65_HS1-834228961_62-HQ-83894_Section_1
Agency: FBI
Page 109
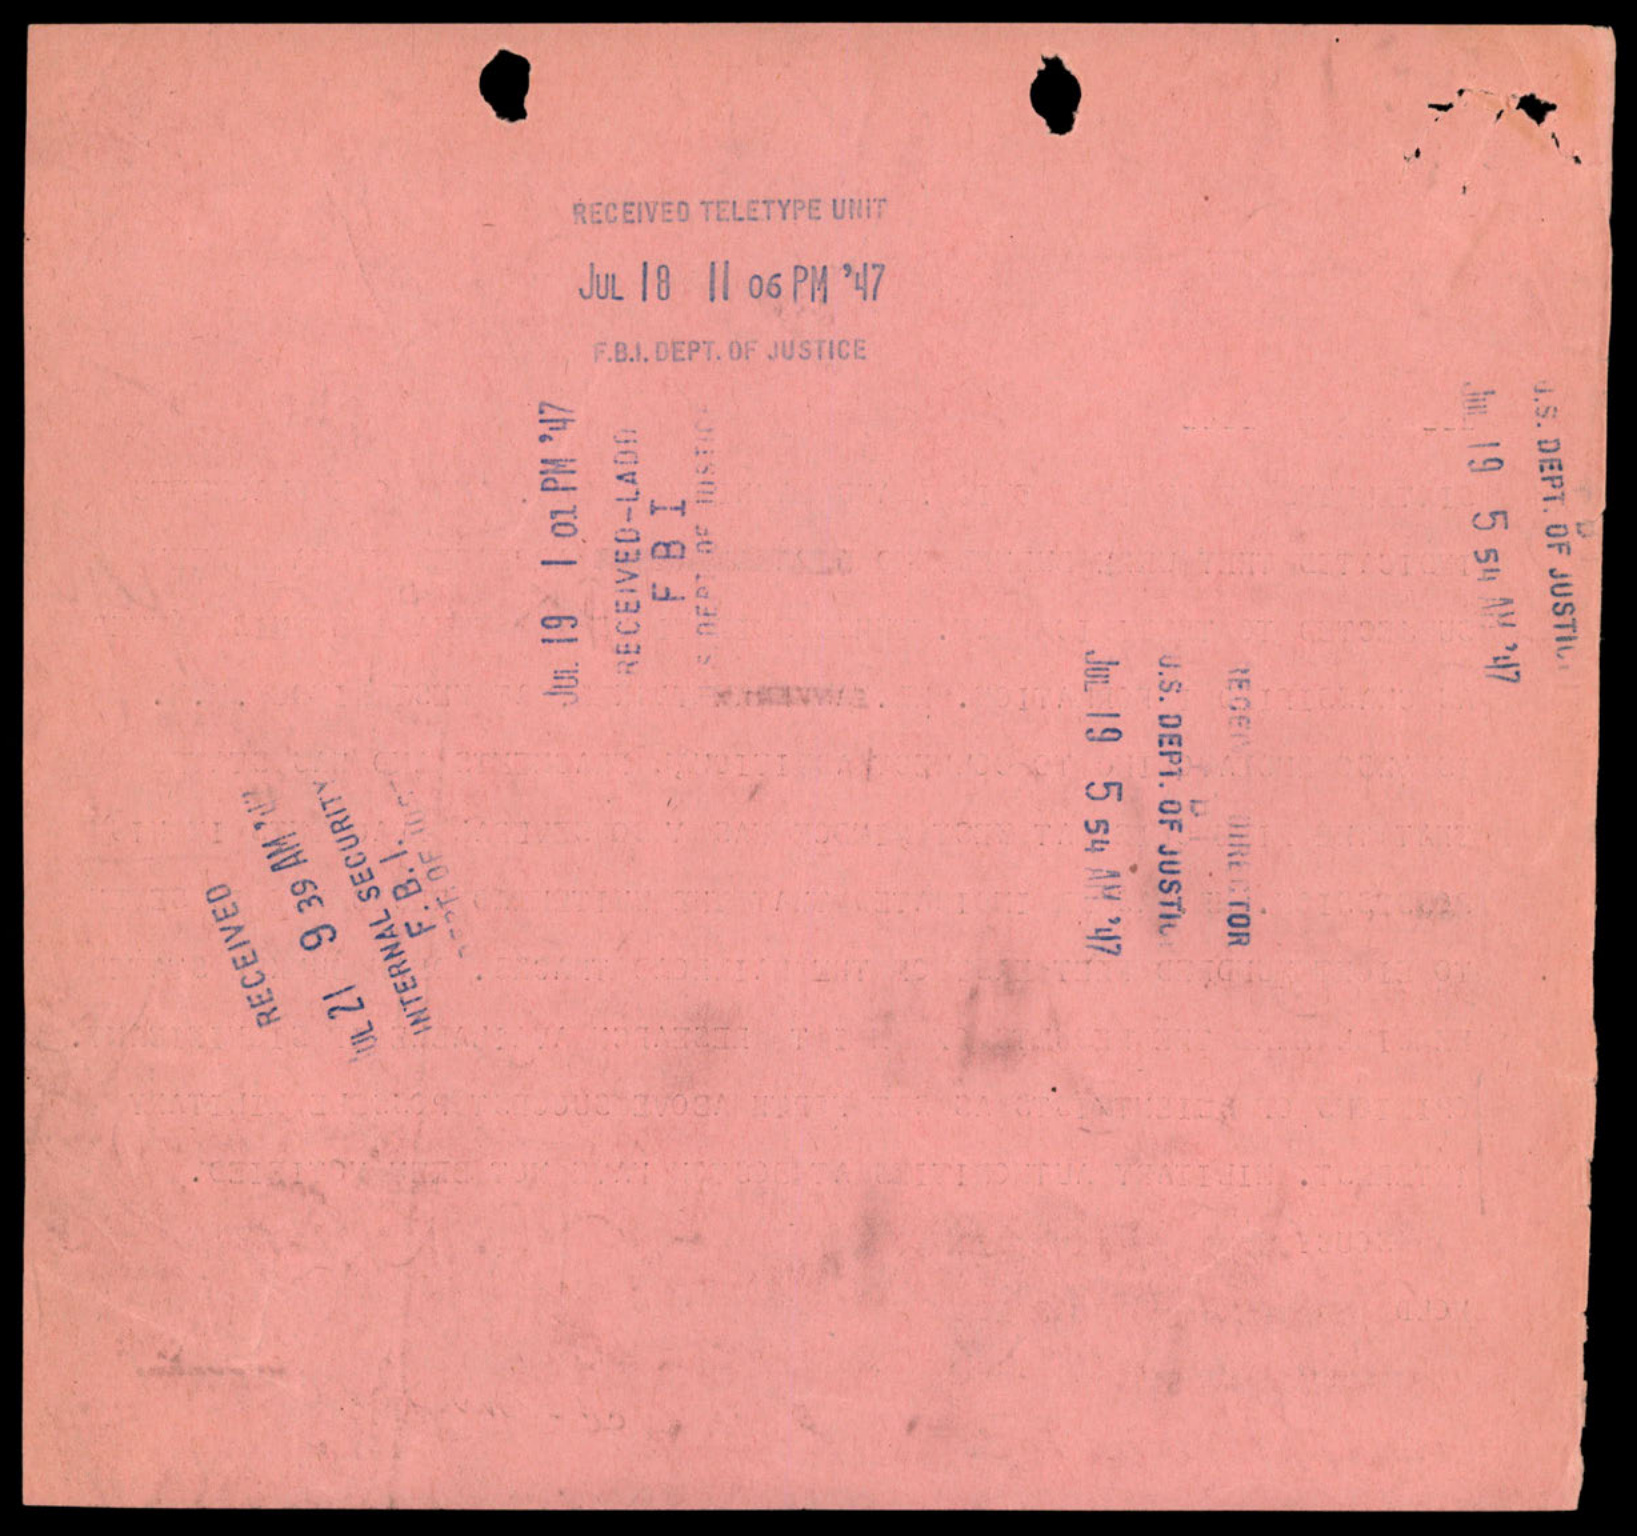